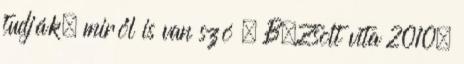
tudják, miről is van szó – B.Zsolt vita 2010.